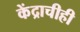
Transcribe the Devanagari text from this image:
केंद्राचीही